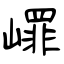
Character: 嶵